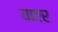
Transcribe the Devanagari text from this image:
याएर